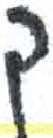
אות: ק